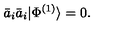
\bar { a } _ { i } \bar { a } _ { i } | \Phi ^ { ( 1 ) } \rangle = 0 .